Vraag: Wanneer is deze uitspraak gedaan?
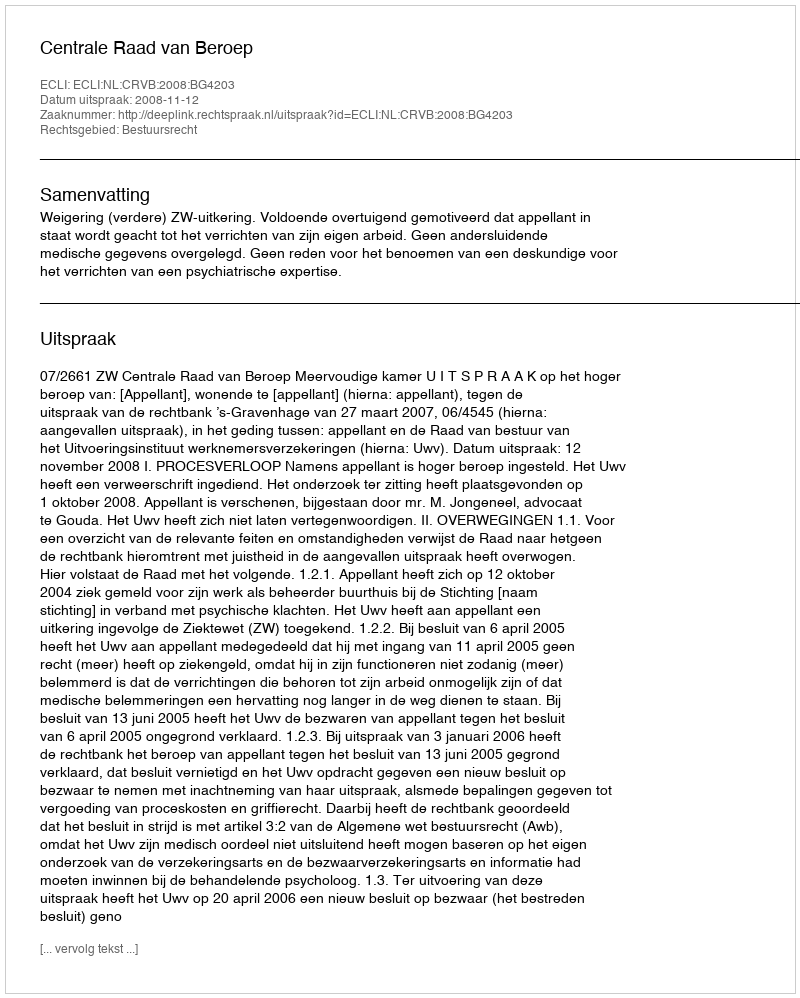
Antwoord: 2008-11-12